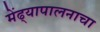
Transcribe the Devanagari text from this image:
मेंढ्यापालनाचा